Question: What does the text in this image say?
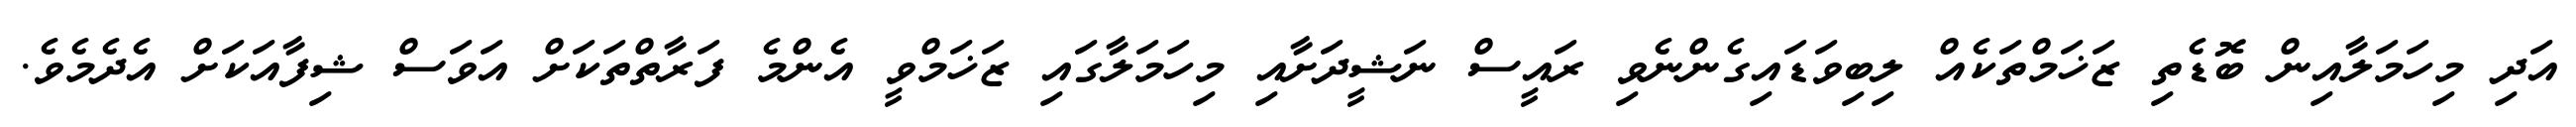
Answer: އަދި މިހަމަލާއިން ބޮޑެތި ޒަޚަމްތަކެއް ލިބިވަޑައިގެންނެވި ރައީސް ނަޝީދަށާއި މިހަމަލާގައި ޒަޚަމްވީ އެންމެ ފަރާތްތަކަށް އަވަސް ޝިފާއަކަށް އެދެމެވެ.